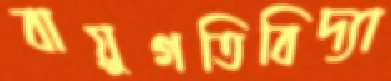
বায়ুগতিবিদ্যা